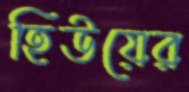
হিউয়ের